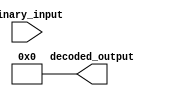
module binary_decoder (
    input [3:0] binary_input,
    output [15:0] decoded_output
);

assign decoded_output = 16'b0;

assign decoded_output[binary_input] = 1;

endmodule